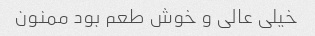
خیلی عالی و خوش طعم بود ممنون